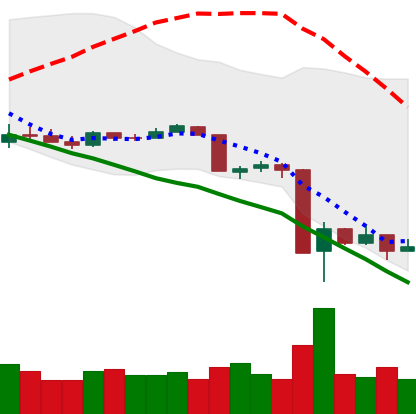
Ticker: XRP-USD
Chart end date: 2020-03-17
Forward return: 3.937%
Label: up_3_5